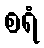
စရံ